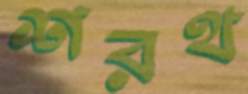
শরথ